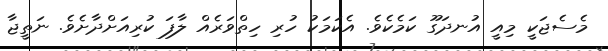
މެސެޖަކީ މިއީ އުނދަގޫ ކަމެކެވެ. އެކަމަކު ހުރި ހިތްވަރެއް ލާފަ ކުރިއަށްދާށެވެ. ނަތީޖާ